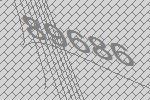
89686